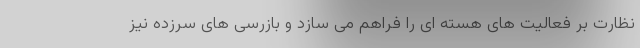
نظارت بر فعالیت های هسته ای را فراهم می سازد و بازرسی های سرزده نیز